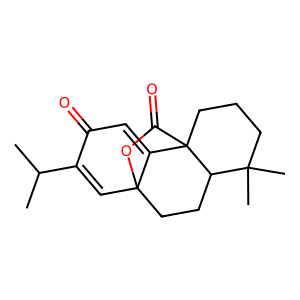
SMILES: CC(C)C1=CC23CCC4C(C)(C)CCCC4(C(=O)O2)C3=CC1=O
Inhibits HIV replication: No